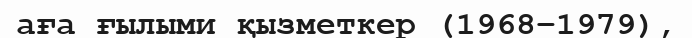
аға ғылыми қызметкер (1968–1979),